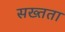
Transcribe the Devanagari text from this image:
सख्तता